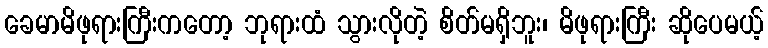
ခေမာမိဖုရားကြီးကတော့ ဘုရားထံ သွားလိုတဲ့ စိတ်မရှိဘူး၊ မိဖုရားကြီး ဆိုပေမယ့်